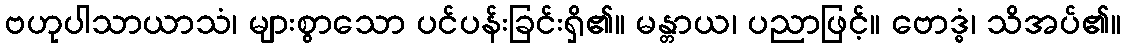
ဗဟုပါသာယာသံ၊ များစွာသော ပင်ပန်းခြင်းရှိ၏။ မန္တာယ၊ ပညာဖြင့်။ ဗောဒ္ဓံ၊ သိအပ်၏။